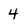
Character: 4